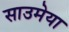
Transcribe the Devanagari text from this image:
साउमेया